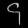
Digit: ၄